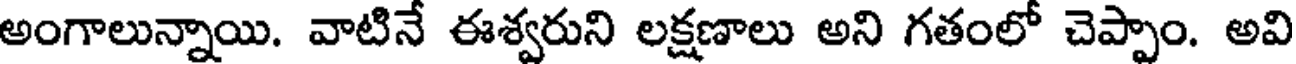
అంగాలున్నాయి. వాటినే ఈశ్వరుని లక్షణాలు అని గతంలో చెప్పాం. అవి